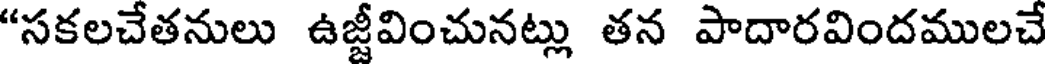
"సకలచేతనులు ఉజ్జీవించునట్లు తన పాదారవిందములచే